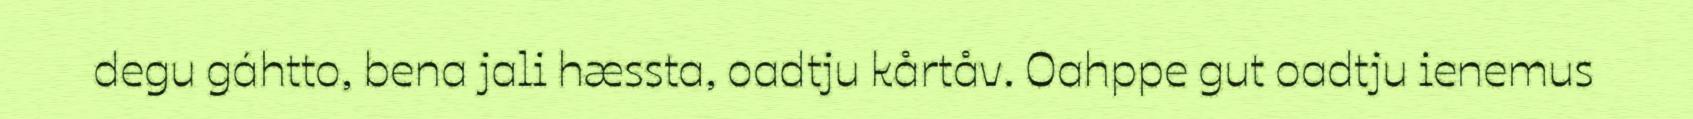
degu gáhtto, bena jali hæssta, oadtju kårtåv. Oahppe gut oadtju ienemus